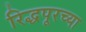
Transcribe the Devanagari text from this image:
रिद्धपूरच्या